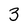
Character: 3